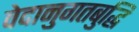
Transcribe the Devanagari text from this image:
वेदानुगतबुद्धि